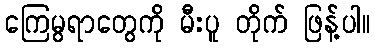
ကြေမွရာတွေကို မီးပူ တိုက် ဖြန့်ပါ။